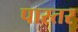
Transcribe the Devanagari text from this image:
पास्तर